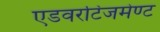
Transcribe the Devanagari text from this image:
एडवरटिजमेण्ट